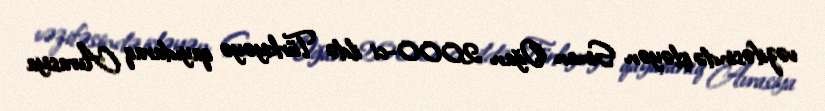
vəzifəsində işləyən Sinan Oğan 2000-ci ildə Türkiyəyə qayıdaraq Avrasiya